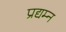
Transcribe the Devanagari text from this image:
प्रद्यम्न